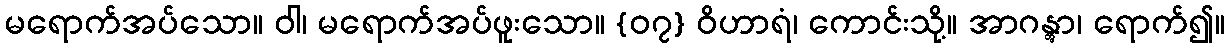
မရောက်အပ်သော။ ဝါ၊ မရောက်အပ်ဖူးသော။ {၀၇} ဝိဟာရံ၊ ကောင်းသို့။ အာဂန္တွာ၊ ရောက်၍။